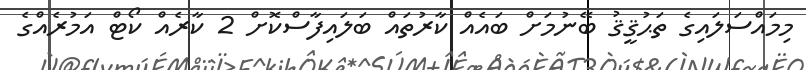
މިމައްސަލައިގެ ތަޙުޤީޤު ބޭނުމަށް ބައެއް ކާރުތައް ބަލައިފާސްކޮށް 2 ކާރެއް ކޯޓް އަމުރެއްގެ